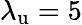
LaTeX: {\lambda_{\mathrm{u}}}=5